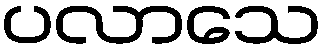
ပလာသေ